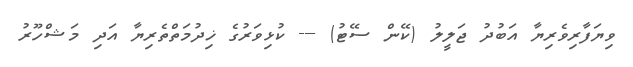
ވިޔަފާރިވެރިޔާ އަބުދު ޖަލީލު (ކޭން ސޭޓު) --- ކުޅިވަރުގެ ޚިދުމަތްތެރިޔާ އަދި މަޝްހޫރު